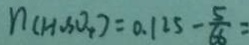
n ( H _ { 2 } S O _ { 4 } ) = 0 . 1 2 5 - \frac { 5 } { 6 6 } =